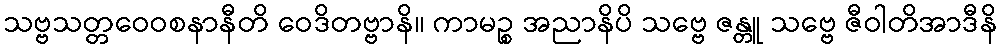
သဗ္ဗသတ္တဝေဝစနာနီတိ ဝေဒိတဗ္ဗာနိ။ ကာမဉ္စ အညာနိပိ သဗ္ဗေ ဇန္တူ သဗ္ဗေ ဇီဝါတိအာဒီနိ